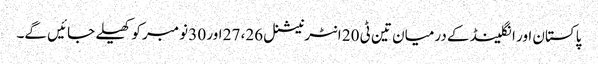
پاکستان اور انگلینڈ کے درمیان تین ٹی 20 انٹرنیشنل 26، 27 اور 30 نومبر کو کھیلے جائیں گے۔